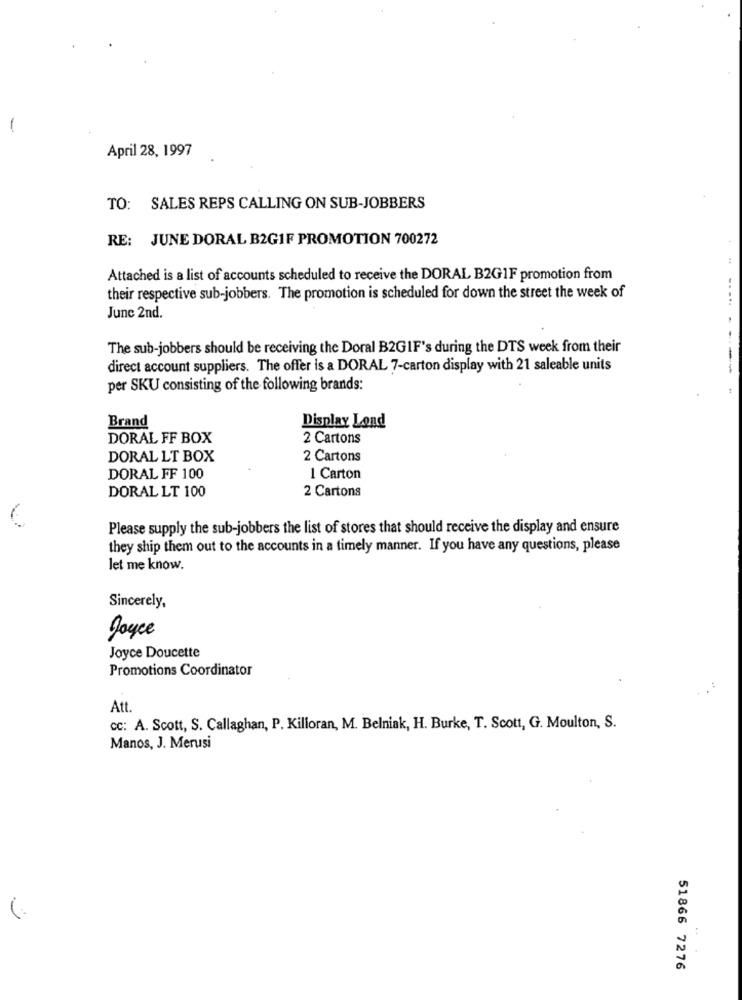
-
April 28, 1997
TO: SALES REPS CALLING ON SUB-JOBBERS
RE: JUNE DORAL B2GIF PROMOTION 700272
Attached is a list of accounts scheduled to receive the DORAL B2G1F promotion from
their respective sub-jobbers. The promotion is scheduled for down the street the week of
June 2nd.
The sub-jobbers should be receiving the Doral B2GIF's during the DTS week from their
direct account suppliers. The offer is a DORAL 7-carton display with 21 saleable units
per SKU consisting of the following brands:
Brand
Display Lond
DORAL FF BOX
2 Cartons
DORAL LT BOX
2 Cartons
DORAL FF 100
1 Carton
DORAL LT 100
2 Cartons
Please supply the sub-jobbers the list of stores that should receive the display and ensure
they ship them out to the accounts in a timely manner. If you have any questions, please
let me know.
Sincerely,
Joyce
Joyce Doucette
Promotions Coordinator
Att.
cc: A. Scott, S. Callaghan, P. Kilioran, M. Belniak, H. Burke, T. Scott, G. Moulton, S.
Manos, J. Merusi
51866 7276